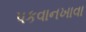
પકવાનખાવા